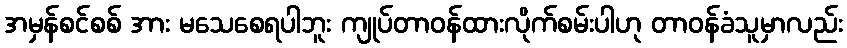
အမှန်စင်စစ် အား မသေစေရပါဘူး ကျုပ်တာဝန်ထားလိုက်စမ်းပါဟု တာဝန်ခံသူမှာလည်း